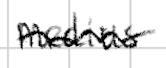
Text: medius
Cross-out: mix
Writing tool: digital_black